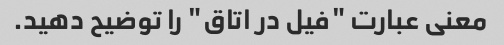
معنی عبارت "فیل در اتاق" را توضیح دهید.